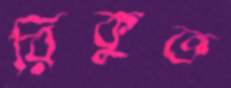
রিকুত